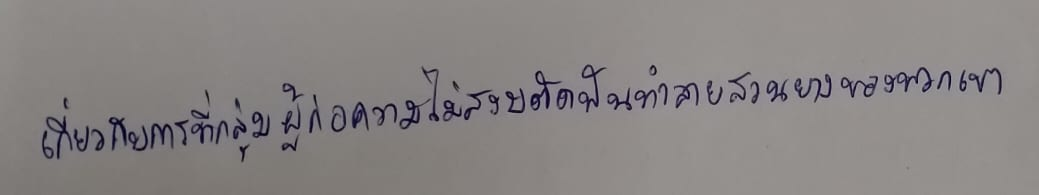
เกี่ยวกับการที่กลุ่มผู้ก่อความไม่สงบตัดฟันทำลายสวนยางของพวกเขา